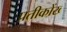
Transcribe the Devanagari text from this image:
प्रतीकोंख्‍